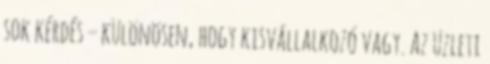
sok kérdés – különösen, hogy kisvállalkozó vagy. Az üzleti